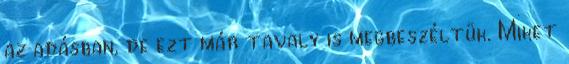
az adásban, de ezt már tavaly is megbeszéltük. Miket